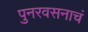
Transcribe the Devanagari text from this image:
पुनरवसनाचं